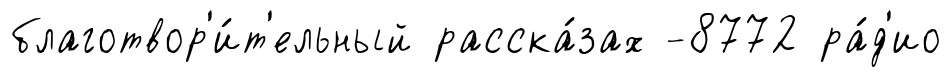
благотвор'и́т'ельный расска́зах -8772 ра́д'ио